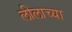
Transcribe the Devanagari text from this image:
लीलाच्या